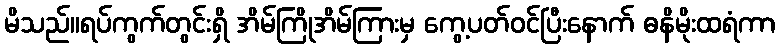
မိသည်။ရပ်ကွက်တွင်းရှိ အိမ်ကြိုအိမ်ကြားမှ ကွေ့ပတ်ဝင်ပြီးနောက် ဓနိမိုးထရံကာ